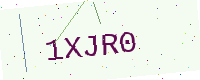
Text: 1XJR0